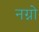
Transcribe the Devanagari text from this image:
नग्नो